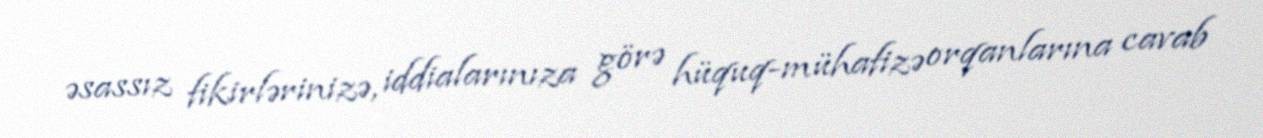
əsassız fikirlərinizə, iddialarınıza görə hüquq-mühafizə orqanlarına cavab